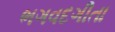
ભગવદગીતા